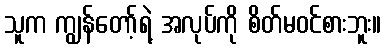
သူက ကျွန်တော့်ရဲ့ အလုပ်ကို စိတ်မဝင်စားဘူး။